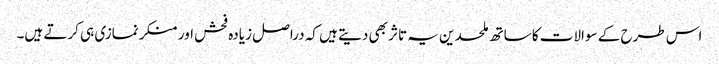
اس طرح کے سوالات کا ساتھ ملحدین یہ تاثر بھی دیتے ہیں کہ دراصل زیادہ فحش اور منکر نمازی ہی کرتے ہیں۔